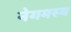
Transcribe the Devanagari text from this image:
नेगमस्य